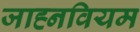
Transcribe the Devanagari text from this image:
जाह्नवियम